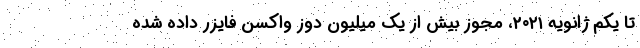
تا یکم ژانویه ۲۰۲۱، مجوز بیش از یک میلیون دوز واکسن فایزر داده شده